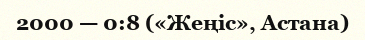
2000 — 0:8 («Жеңіс», Астана)